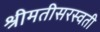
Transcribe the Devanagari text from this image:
श्रीमतीसरस्‍वती